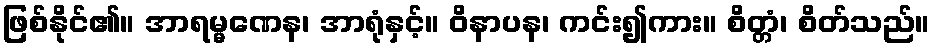
ဖြစ်နိုင်၏။ အာရမ္မဏေန၊ အာရုံနှင့်။ ဝိနာပန၊ ကင်း၍ကား။ စိတ္တံ၊ စိတ်သည်။